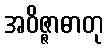
အဝိဇ္ဇာဓာတု